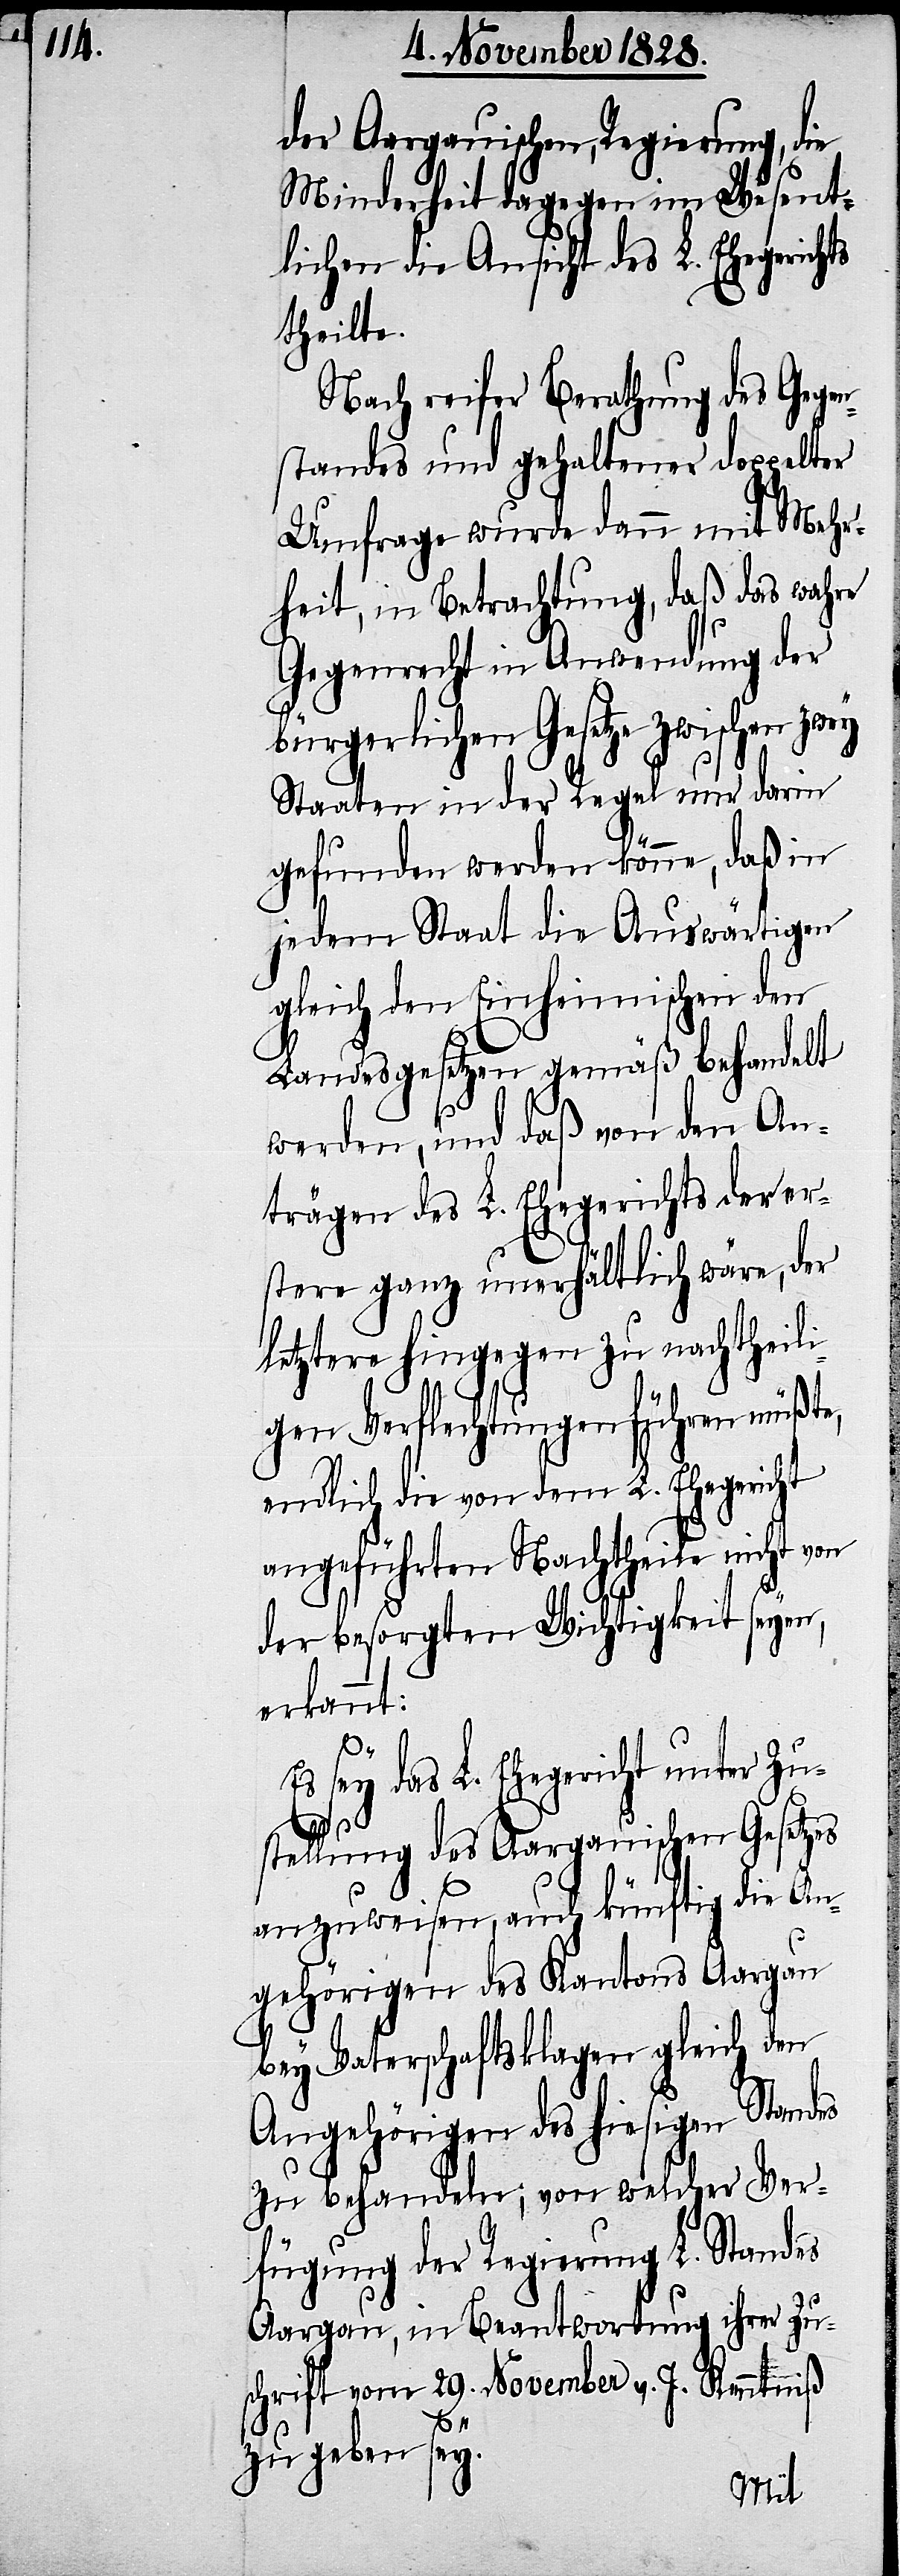
der Aargauischen, Regierung, die
Minderheit dagegen im Wesent¬
lichen die Ansicht des L. Ehegerichts
theilte.
Nach reifer Berathung des Gegen¬
standes und gehaltener doppelter
Umfrage wurde dann mit Mehr¬
heit, in Betrachtung, daß das wahre
Gegenrecht in Anwendung der
bürgerlichen Gesetze zwischen zwey
Staaten in der Regel nur darin
gefunden werden könne, daß in
jedem Staat die Auswärtigen
gleich den Einheimischen den
Landesgesetzen gemäß behandelt
werden, und daß von den An¬
trägen des L. Ehegerichtes der er¬
stere ganz unerhältlich wäre, der
letztere hingegen zu nachtheili¬
gen Verflechtungen führen müßte,
endlich die von dem L. Ehegericht
angeführten Nachtheile nicht von
der besorgten Wichtigkeit seyen,
erkannt:
Es sey das L. Ehegericht unter Zu¬
stellung des Aargauischen Gesetzes
anzuweisen, auch künftig die An¬
gehörigen des Kantons Aargau
bey Vaterschaftsklagen gleich den
Angehörigen des hiesigen Standes
zu behandeln; von welcher Ver¬
fügung der Regierung L. Standes
Aargau, in Beantwortung ihrer Zu¬
schrift vom 29. November v. J. Kenntniß
zu geben sey.